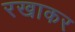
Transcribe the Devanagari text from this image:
रखाकर